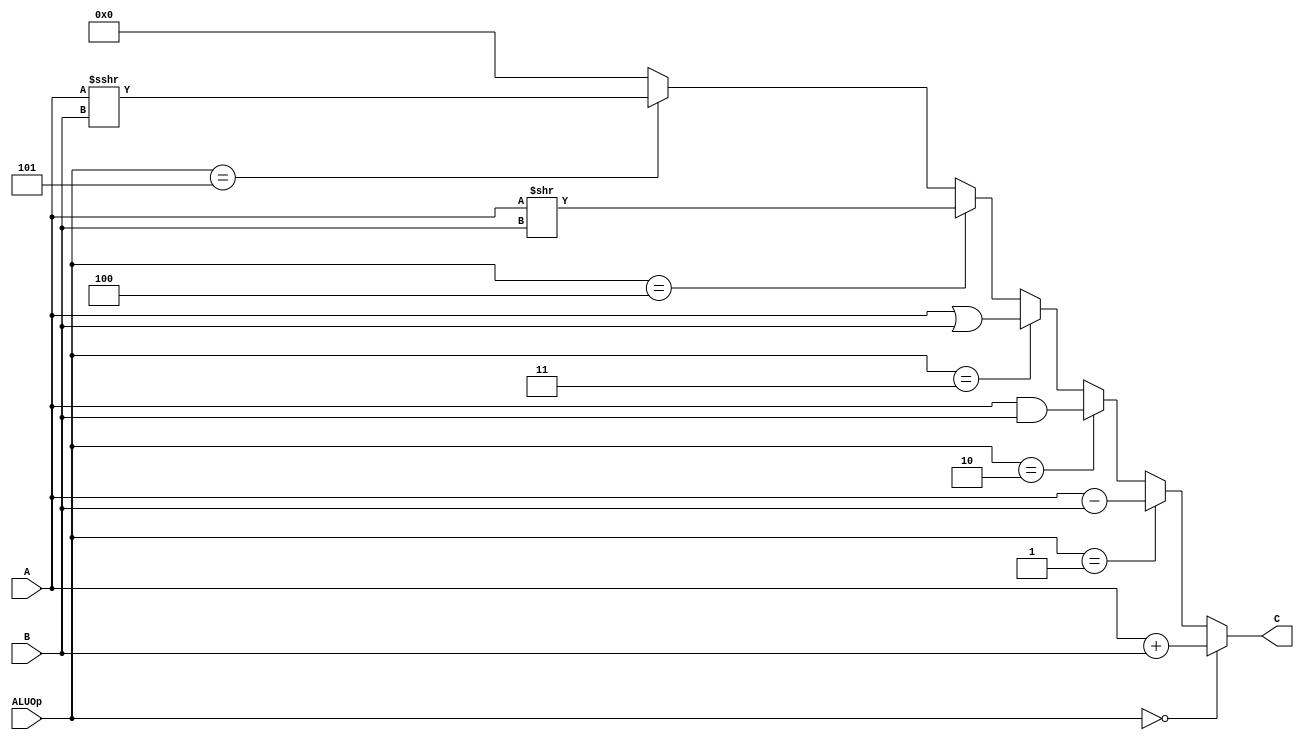
`timescale 1ns / 1ps
//////////////////////////////////////////////////////////////////////////////////
// Company: 
// Engineer: 
// 
// Design Name: 
// Module Name:    alu 
// Project Name: 
// Target Devices: 
// Tool versions: 
// Description: 
//
// Dependencies: 
//
// Revision: 
// Revision 0.01 - File Created
// Additional Comments: 
//
//////////////////////////////////////////////////////////////////////////////////
module alu(
    input [31:0] A,
    input [31:0] B,
    input [2:0] ALUOp,
    output [31:0] C
    ); 

    assign C = (ALUOp == 3'b000) ? (A+B) : 
                (ALUOp == 3'b001) ? (A-B) :
                (ALUOp == 3'b010) ? (A&B) :
                (ALUOp == 3'b011) ? (A|B) :
                (ALUOp == 3'b100) ? (A>>B) :
                (ALUOp == 3'b101) ? $signed(($signed(A))>>>(B)) : 0;


endmodule